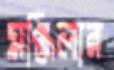
মঞ্জিলার